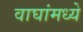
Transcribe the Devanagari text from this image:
वाघांमध्ये